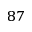
^ { 8 7 }